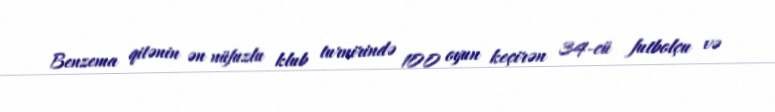
Benzema qitənin ən nüfuzlu klub turnirində 100 oyun keçirən 34-cü futbolçu və